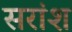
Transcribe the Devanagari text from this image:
सरांश